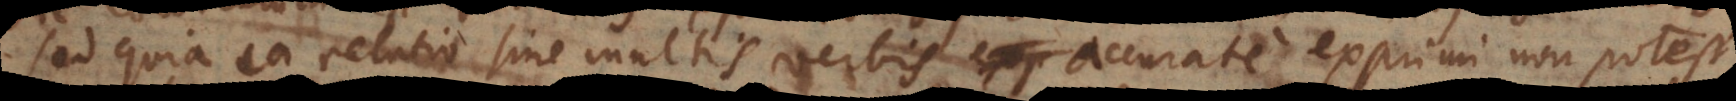
sed quia ea relatio sine multis verbis accurate exprimi non potest